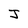
Character: J